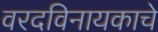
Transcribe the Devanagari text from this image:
वरदविनायकाचे